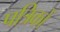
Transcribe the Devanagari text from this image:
पत्रिकों